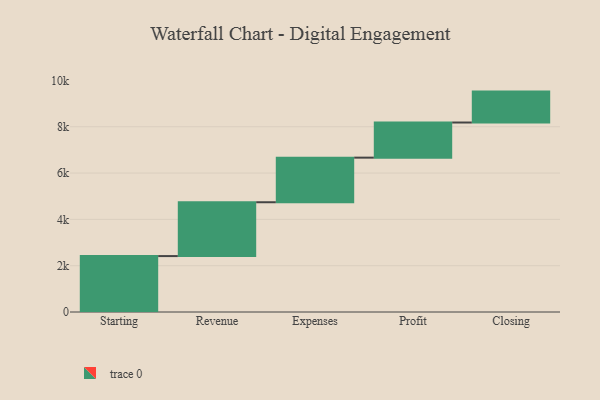
{"axis": {"x": "Step", "y": "Value"}, "legend": [""], "data": [{"x": "Starting", "y": 2415.0, "type": ""}, {"x": "Revenue", "y": 2325.0, "type": ""}, {"x": "Expenses", "y": 1926.0, "type": ""}, {"x": "Profit", "y": 1517.0, "type": ""}, {"x": "Closing", "y": 1335.0, "type": ""}]}